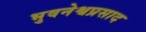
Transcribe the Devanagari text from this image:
भुवनेश्वप्रसाद